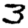
Digit: 3